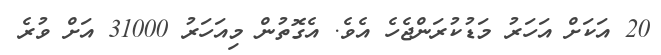
20 އަކަށް އަހަރު މަޑުކުރަންޖެހެ އެވެ. އެގޮތުން މިއަހަރު 31000 އަށް ވުރެ